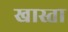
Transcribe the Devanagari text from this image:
खास्ता